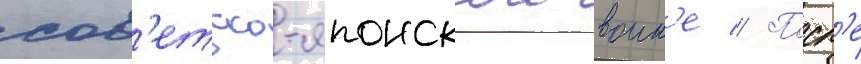
сов'етско-японскои воин'е // Посл'е